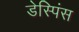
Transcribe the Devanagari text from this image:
डेस्पिंस